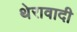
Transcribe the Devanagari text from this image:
थेरावादी